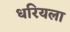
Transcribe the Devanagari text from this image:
धरियला